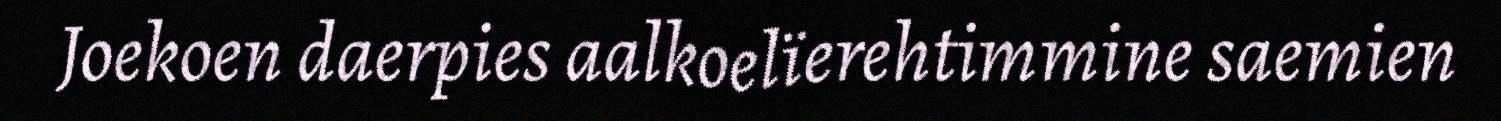
Joekoen daerpies aalkoelïerehtimmine saemien